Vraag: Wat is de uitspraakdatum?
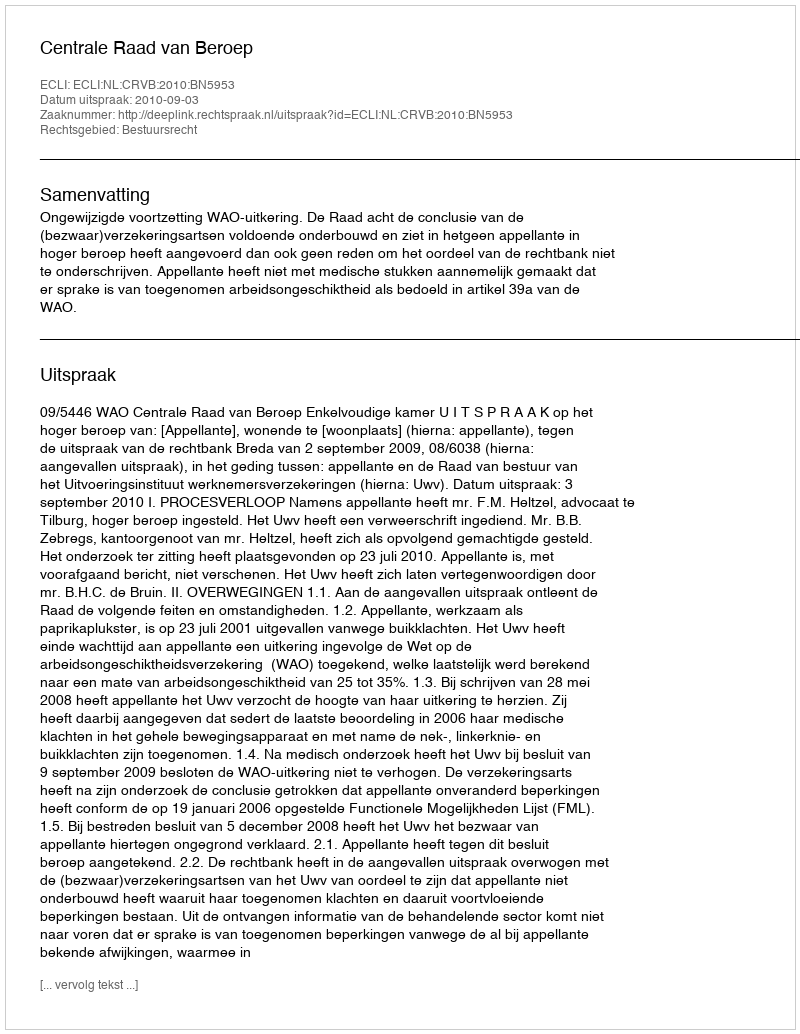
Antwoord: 2010-09-03